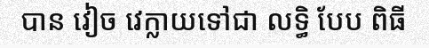
បាន វៀច វេក្លាយទៅជា លទ្ធិ បែប ពិធី